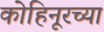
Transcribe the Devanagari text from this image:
कोहिनूरच्या